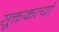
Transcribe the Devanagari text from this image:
सूक्तकर्त्या